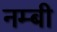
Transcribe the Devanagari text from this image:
नम्बी